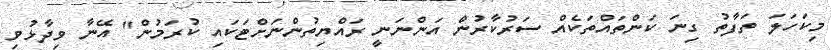
މިކަހަލަ ތަފާތު ގިނަ ކަންތައްތަކެއް ސަރުކާރުން އަންނަނީ ރައްޔިތުންނަށްޓަކައި ކުރަމުން" އޭނާ ވިދާޅުވި